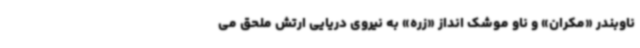
ناوبندر «مکران» و ناو موشک انداز «زره» به نیروی دریایی ارتش ملحق می